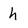
Character: h